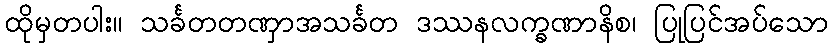
ထိုမှတပါး။ သင်္ခတတဏှာအသင်္ခတ ဒဿနလက္ခဏာနိစ၊ ပြုပြင်အပ်သော